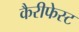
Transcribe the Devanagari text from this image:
कैरीफेस्ट